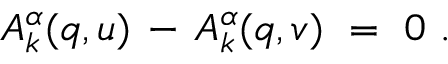
A _ { k } ^ { \alpha } ( q , u ) \, - \, A _ { k } ^ { \alpha } ( q , v ) ~ = ~ 0 ~ .